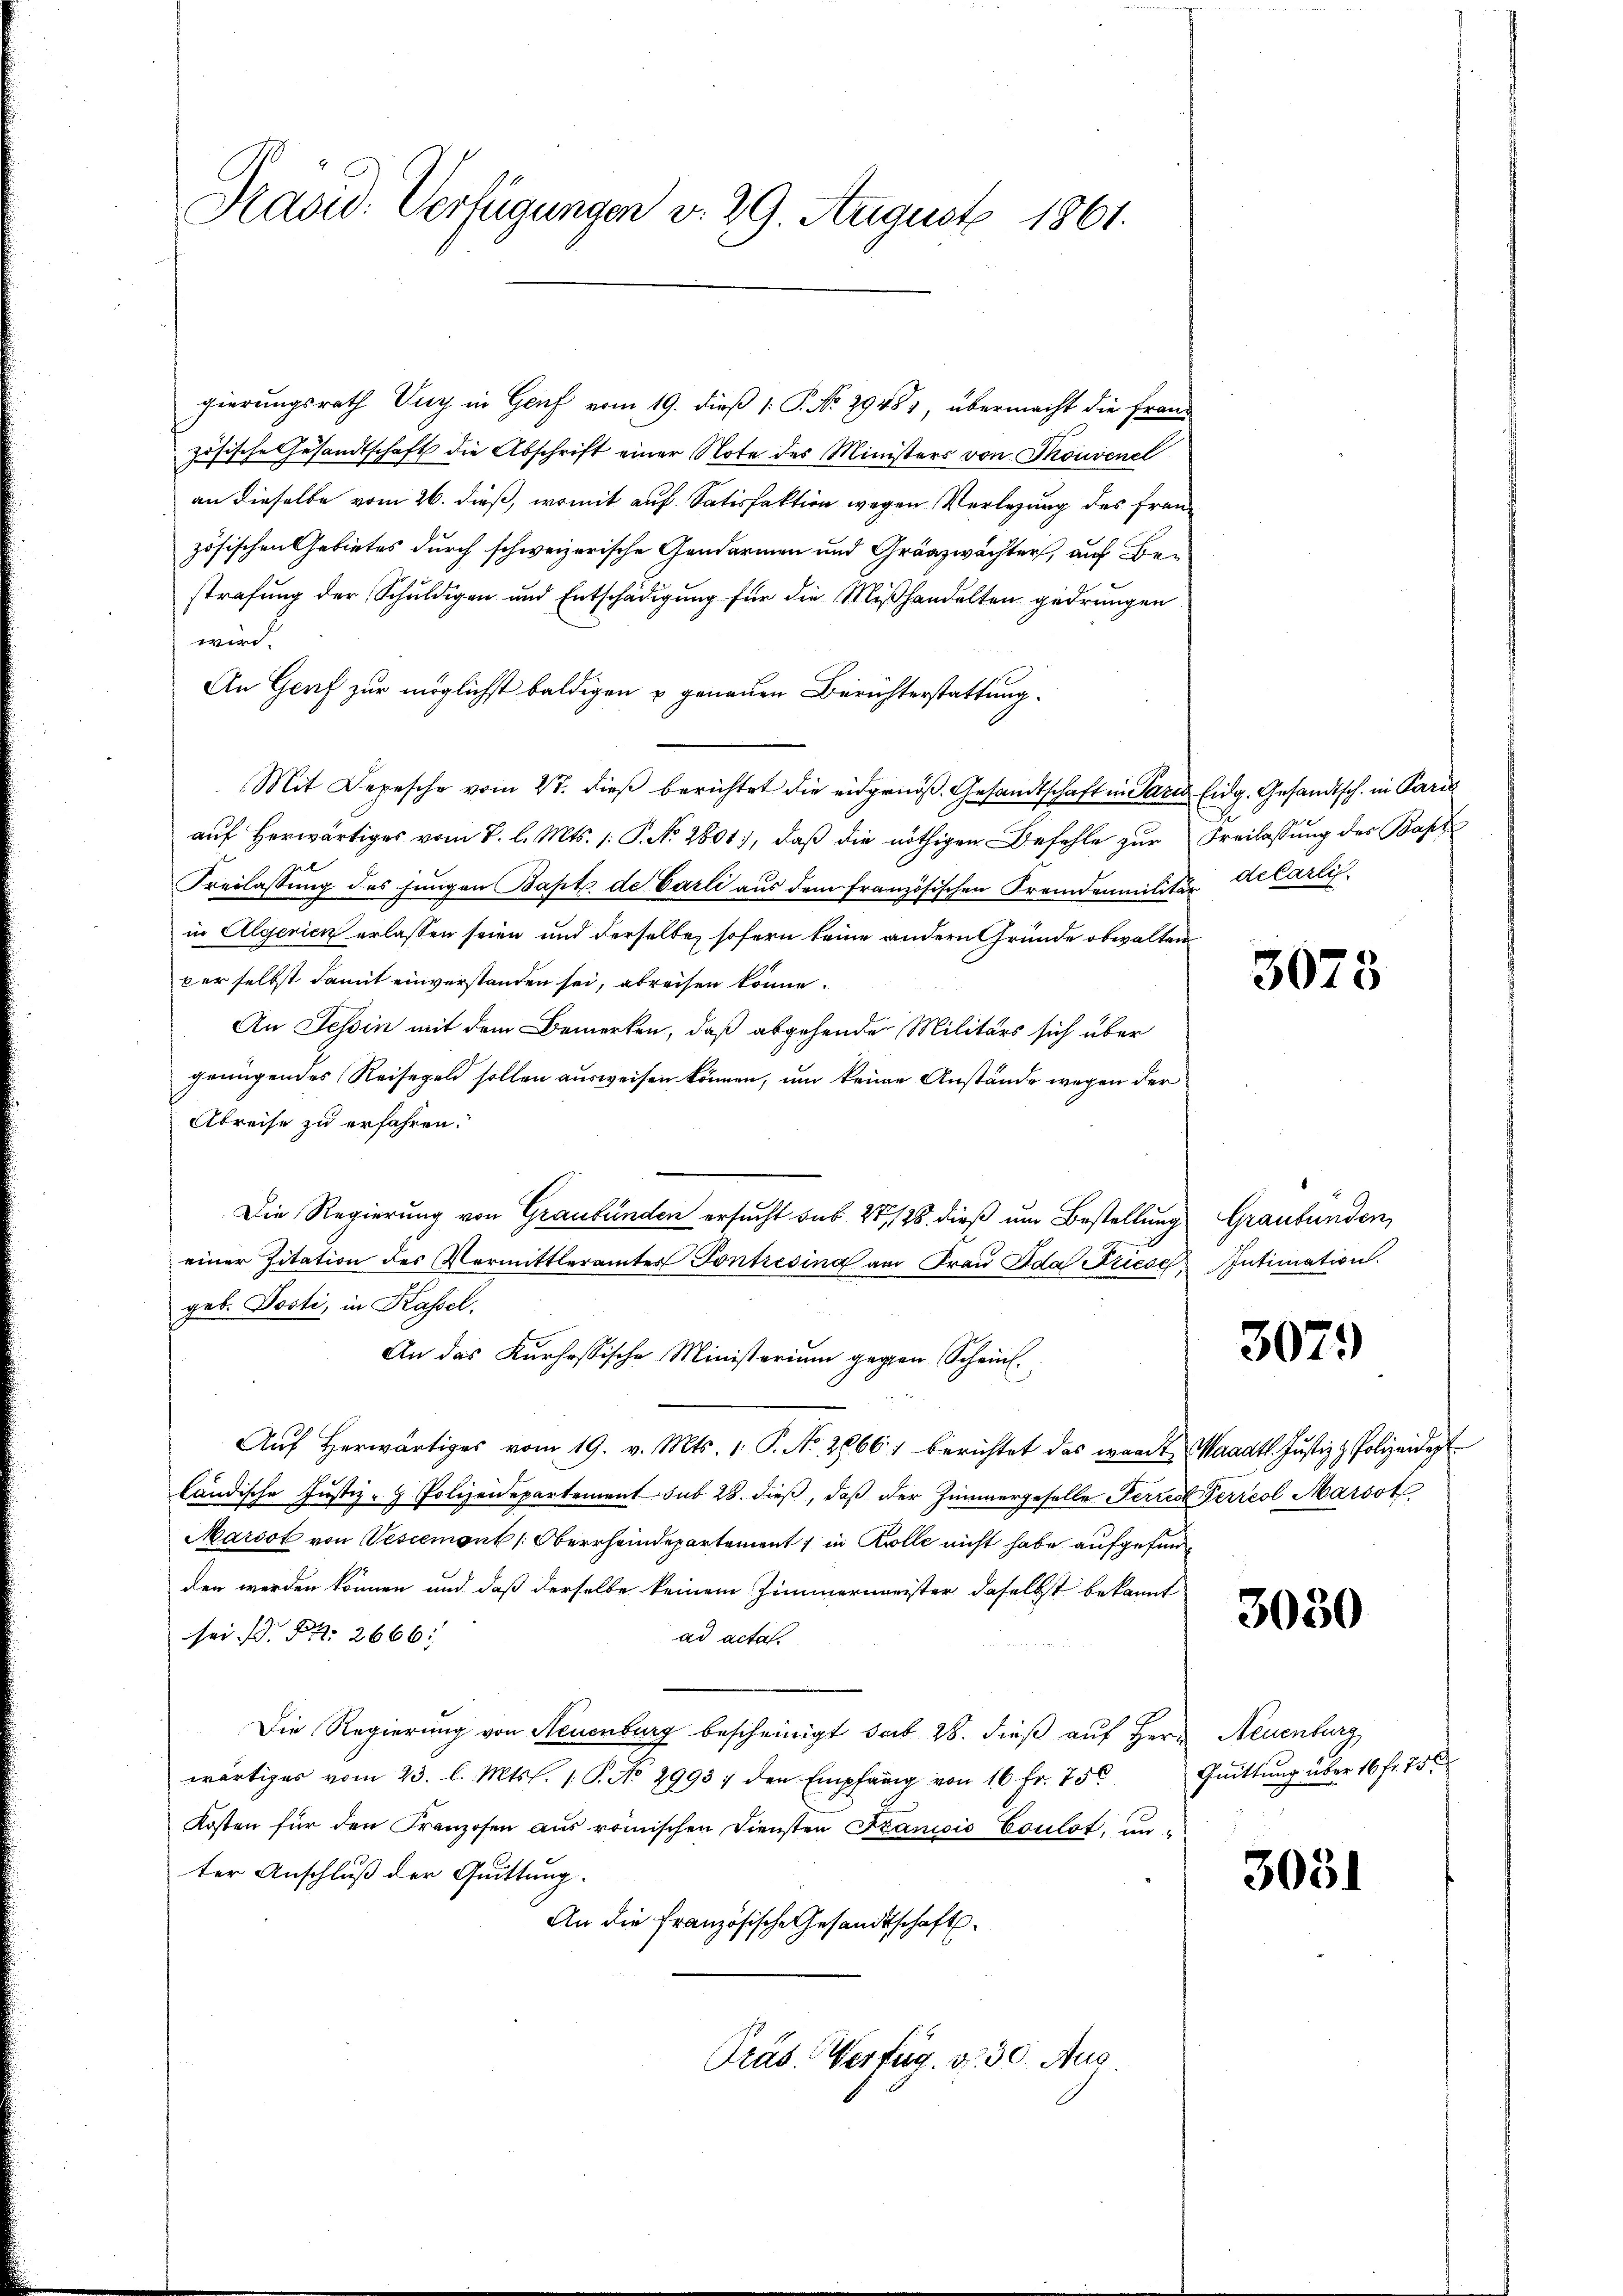
Präsid. Verfügungen v. 29. August 1861.

gierungsrath Ung in Genf vom 19. dieß 1: P. No 29481, übermacht die Franz
zösische Gesandtschaft die Abschrift einer Note des Ministers von Skonvenel
an dieselbe vom 26. dieß, womit auf Satisfaktion wegen Verlegung des Frauzösischen Gebietes durch schweizerische Gendarmen und Gränzwächter, auf Bestrafung der Schuldigen und Entschädigung für die Mißhandelten gedrungen
wird.
An Genf zur möglichst baldigen u genauen Berichterstattung.
Mit Depesche vom 2t. dieß berichtet die eidgenös. Gesandtschaft in Paris Eidg. Gesandtsch. in Paris
auf herwärtiges vom 2. l. Mts. /: P. N. 2801), daß die nöthigen Befehle zur Freilassung des Bapt
Freilassŭng des jungen Bapt. de Carli aus dem französischen Fremdenmilitär Actarli
in Algerien erlassen seien und derselbe, sofern keine andern Gründe obwalten
ber selbst damit einverstanden sei, abreisen könne.
An Tessin mit dem Bemerken, daß abgehende Militärs sich über
genügendes Reisegeld sollen ausweisen können, um keine Anstände wegen der
Abreise zu erfahren.
Die Regierung von Graubünden ersucht sub 27, 128. dieß um Bestellung Graubünden,
einer Zitation des Vormittleramtes Pontresina am Fraŭ Ida Friese Intimation.
geb. Docti, in Kassel.
An das Kurhessische Ministerium gegen Schein.
Aŭf herwärtiges vom 19. v. Mts. 1. P. Nr. 28661 berichtet das wardt, Waadt. Justiz & Polizeident
ländische Justiz- & Polizeidepartement sub 28. dieß, daß der Zimmergeselle Ferren Perreal Marsot
Marsot von Vescemont (Oberrheindepartement in Kolle nicht habe aufgefunden werden können und daß derselbe keinem Zimmermerister daselbst bekannt
sei. Pr. 2666.
ad acta.
Die Regierung von Neuenburg bescheinigt sab. 28. dieß auf Herr Neuenburg
wärtiges vom 23. l. Mts. 1. P. No 2993, den Empfang von 16 fr. 756
Kosten für den Franzosen aus römischen Diensten Franicis Coulot, unter Anschluß der Quittung.
An die französische Gesandtschaft
Präs. Verfüg. v. 30. Aus

3073

3079

3030

Quittung über 16 fr. 75 x

3051